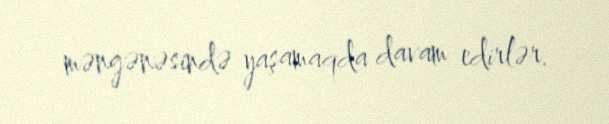
məngənəsində yaşamaqda davam edirlər.